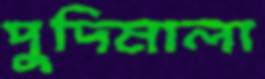
পুদিমালা